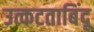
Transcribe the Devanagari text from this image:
उत्कटताबिंदू